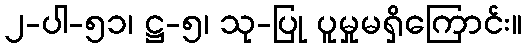
၂-ပါ-၅၁၊ ဋ္ဌ-၅၊ သု-ပြု ပူမှုမရှိကြောင်း။